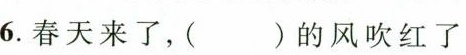
6.春天来了，()的风吹红了